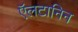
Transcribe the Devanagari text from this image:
ऍलटानिन